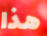
هذا